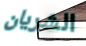
الشريان